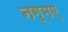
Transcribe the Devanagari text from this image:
नग़्मए